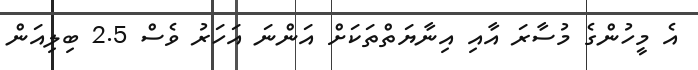
އެ މީހުންގެ މުސާރަ އާއި އިނާޔަތްތަކަށް އަންނަ އަހަރު ވެސް 2.5 ބިލިއަން